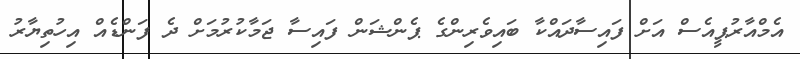
އެމްއާރުޕީއެސް އަށް ފައިސާދައްކާ ބައިވެރިންގެ ޕެންޝަން ފައިސާ ޖަމާކުރުމަށް ދެ ފަންޑެއް އިހުތިޔާރު